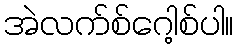
အဲလက်စ်ဂေါ့စ်ပါ။